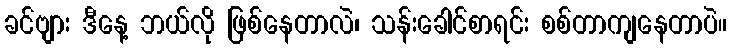
ခင်ဗျား ဒီနေ့ ဘယ်လို ဖြစ်နေတာလဲ၊ သန်းခေါင်စာရင်း စစ်တာကျနေတာပဲ။